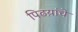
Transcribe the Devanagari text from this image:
पिढय़ांचे